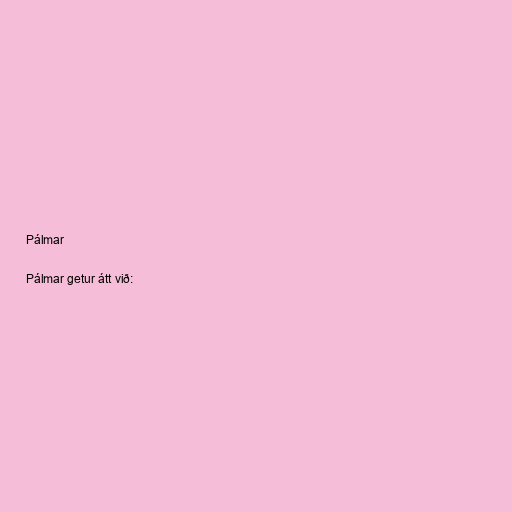
Pálmar

Pálmar getur átt við: